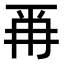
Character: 𭁣